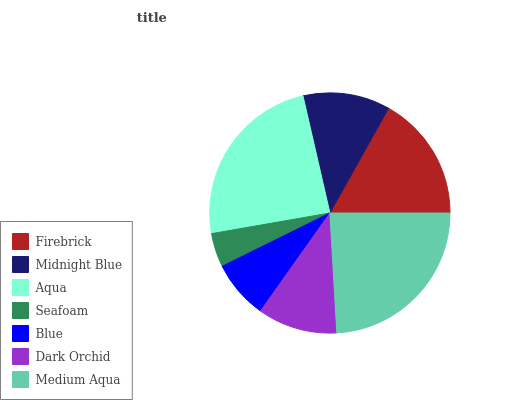
| Firebrick | Midnight Blue | Aqua | Seafoam | Blue | Dark Orchid | Medium Aqua |
 | --- | --- | --- | --- | --- | --- | --- |
 | 16.9% | 11.7% | 24.2% | 4.57% | 7.88% | 10.7% | 24% |